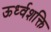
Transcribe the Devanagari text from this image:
ऊर्ध्वशक्ति